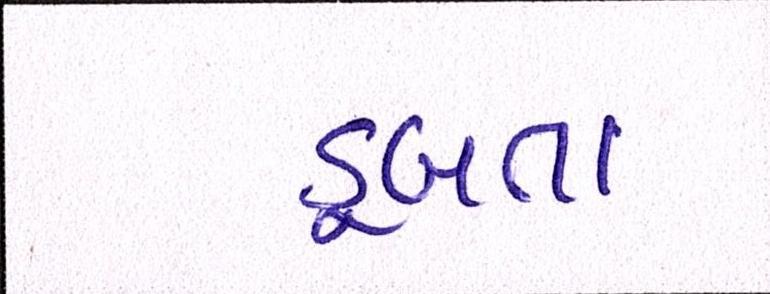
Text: ડૂબતા